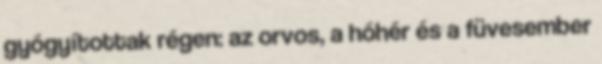
gyógyítottak régen: az orvos, a hóhér és a füvesember